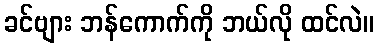
ခင်ဗျား ဘန်ကောက်ကို ဘယ်လို ထင်လဲ။